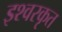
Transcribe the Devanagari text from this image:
इश्वरकृत